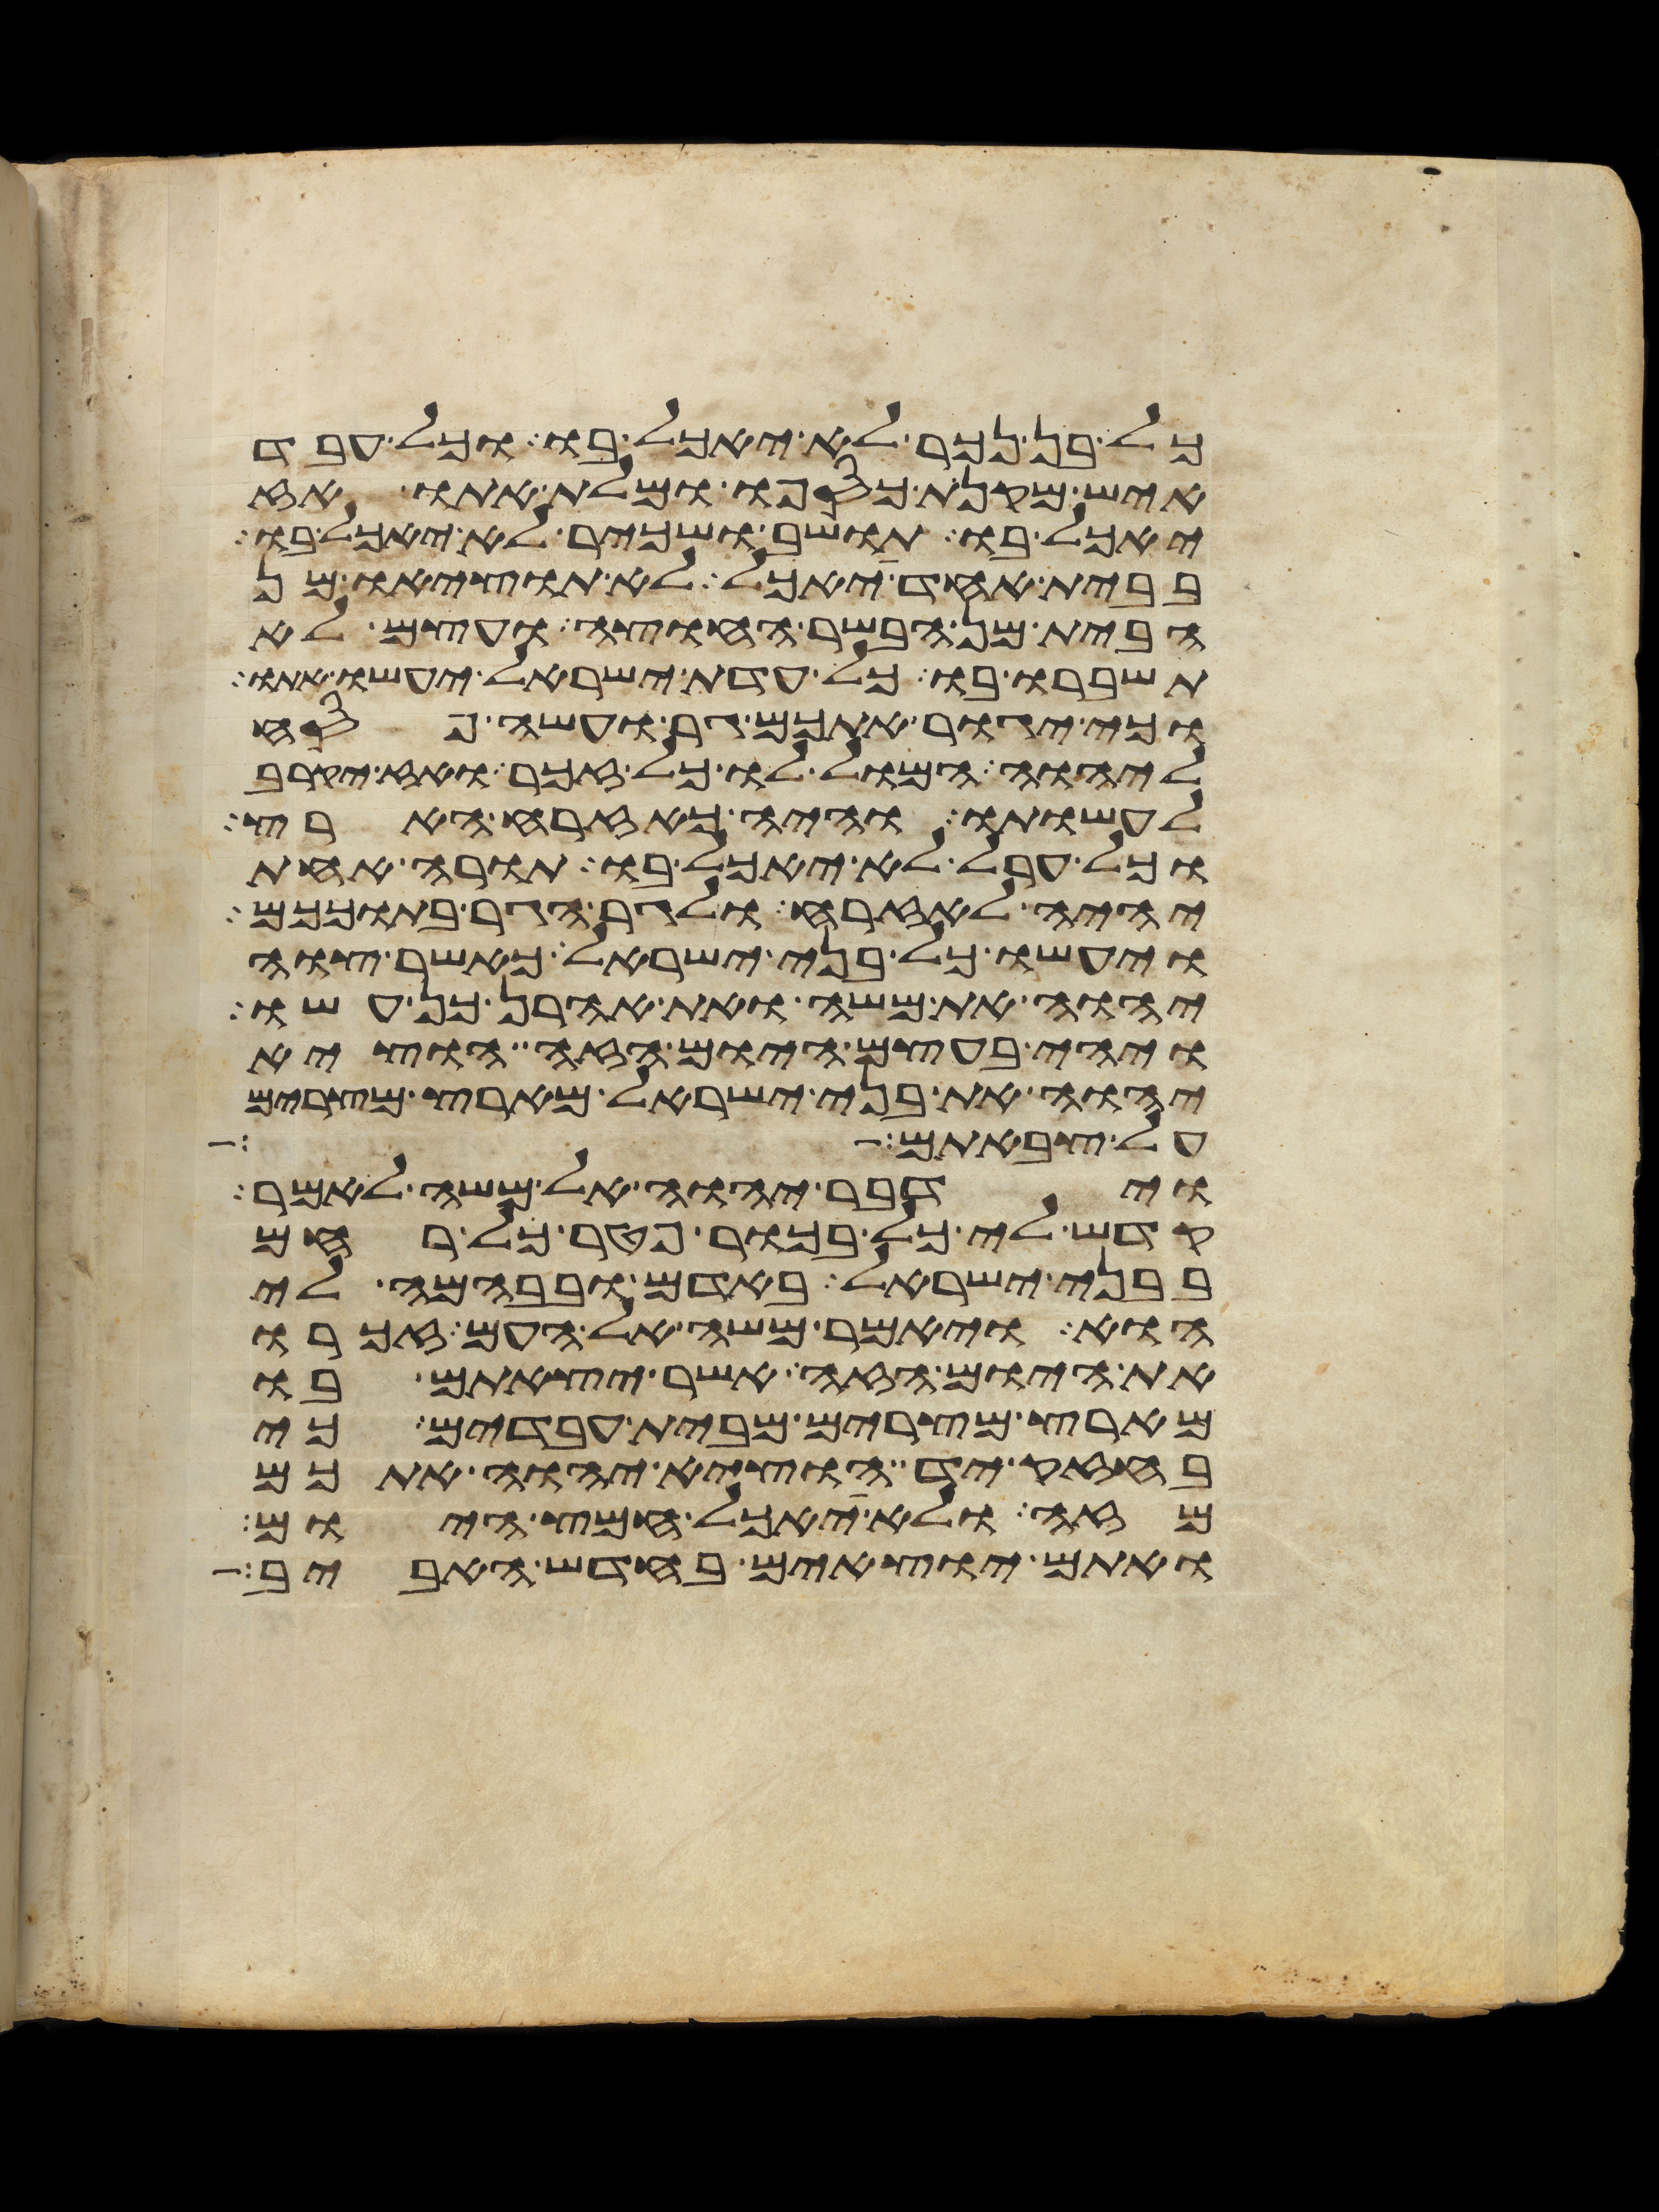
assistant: כל בן נכר לא יאכל בו וכל עבד
איש מקנת כספו ומלת אתו אז
יאכל בו תושב ושכיר לא יאכל בו
בבית אחד יאכל לא תוציאו מן
הבית מן הבשר החוצה ועצם לא
תשברו בו כל עדת ישראל יעשו אתו
וכי יגור אתכם גר ועשה פסח
ליהוה המול לו כל זכר ואז יקרב
לעשותו והיה כאזרח הארץ
וכל ערל לא יאכל בו תורה אחת
יהיה לאזרח ולגר הגר בתוככם
ויעשו כל בני ישראל כאשר צוה
יהוה את משה ואת אהרן כן עשו
ויהי בעצם היום הזה הוציא
יהוה את בני ישראל מארץ מצרים
על צבאתם הם
וידבר יהוה אל משה לאמר
קדש לי כל בכור פטר כל רחם
בבני ישראל באדם ובבהמה לי
הוא ויאמר משה אל העם זכרו
את היום הזה אשר יצאתם בו
מארץ מצרים מבית עבדים כי
בחזק יד הוציא יהוה אתכם
מזה ולא יאכל חמץ היום
ואתם יוצאים בחדש האביב